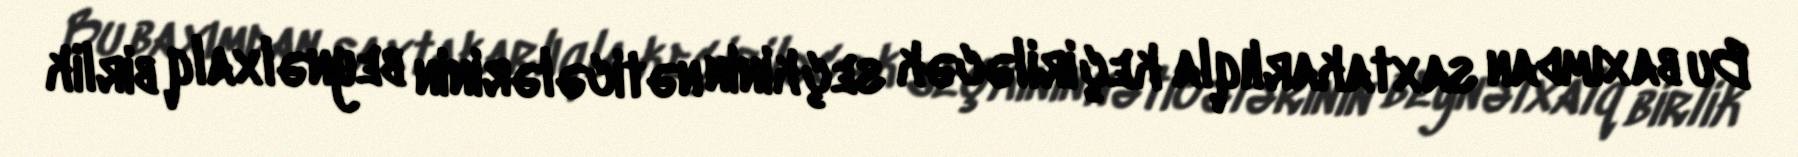
Bu baxımdan saxtakarlıqla keçiriləcək seçkinin nəticələrinin beynəlxalq birlik